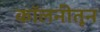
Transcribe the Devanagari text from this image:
कॉलनीतून